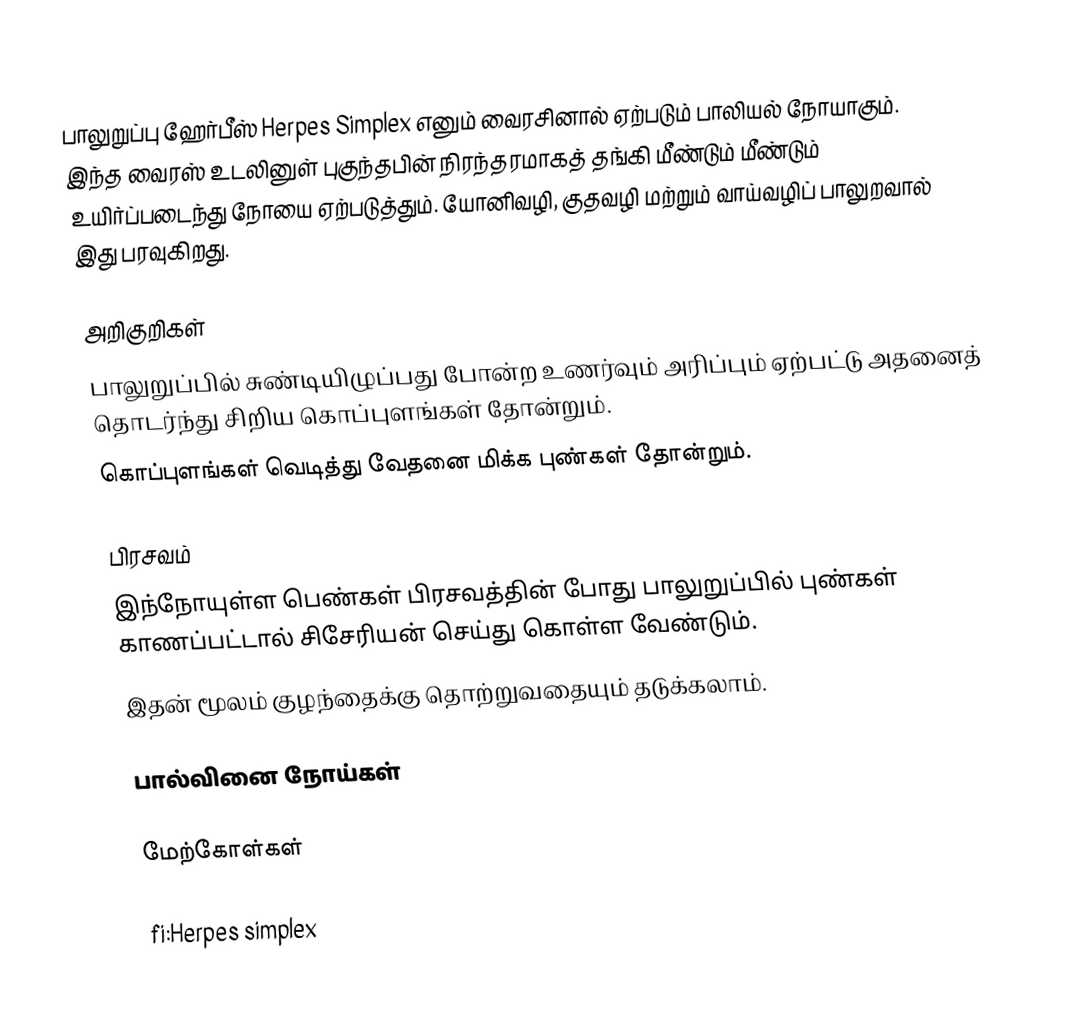
பாலுறுப்பு ஹேர்பீஸ் Herpes Simplex எனும் வைரசினால் ஏற்படும் பாலியல் நோயாகும். இந்த வைரஸ் உடலினுள் புகுந்தபின் நிரந்தரமாகத் தங்கி மீண்டும் மீண்டும் உயிர்ப்படைந்து நோயை ஏற்படுத்தும். யோனிவழி, குதவழி மற்றும் வாய்வழிப் பாலுறவால் இது பரவுகிறது.

அறிகுறிகள்
 பாலுறுப்பில் சுண்டியிழுப்பது போன்ற உணர்வும் அரிப்பும் ஏற்பட்டு அதனைத் தொடர்ந்து சிறிய கொப்புளங்கள் தோன்றும்.
 கொப்புளங்கள் வெடித்து வேதனை மிக்க புண்கள் தோன்றும்.

பிரசவம்
 இந்நோயுள்ள பெண்கள் பிரசவத்தின் போது பாலுறுப்பில் புண்கள் காணப்பட்டால் சிசேரியன் செய்து கொள்ள வேண்டும்.
 இதன் மூலம் குழந்தைக்கு தொற்றுவதையும் தடுக்கலாம்.

பால்வினை நோய்கள்

மேற்கோள்கள்

fi:Herpes simplex